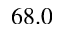
6 8 . 0